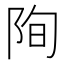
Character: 𮥄